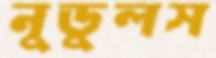
নুডুলস